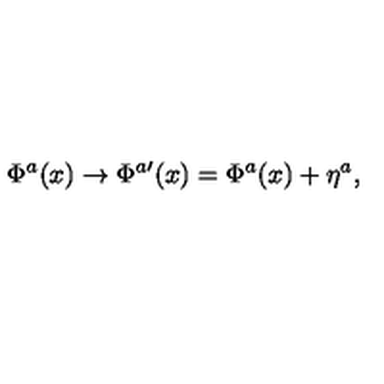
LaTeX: \Phi ^ { a } ( x ) \to \Phi ^ { a \prime } ( x ) = \Phi ^ { a } ( x ) + \eta ^ { a } ,